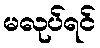
မလုပ်ရင်